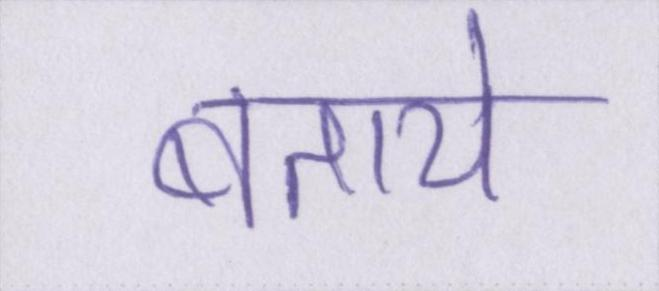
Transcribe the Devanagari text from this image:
बताये